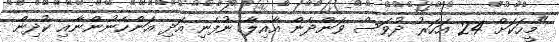
"މީހަކަށް 24 އަހަރު ދުވަސް ވަންދެން އާއިލާ ނުފެނި އަދި އަންހެނުންނާއި ކުދިން